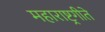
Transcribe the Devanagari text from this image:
महाराष्ट्रगीते